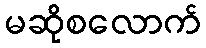
မဆိုစလောက်